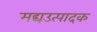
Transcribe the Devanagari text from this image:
मद्यउत्पादक